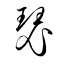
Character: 瑟